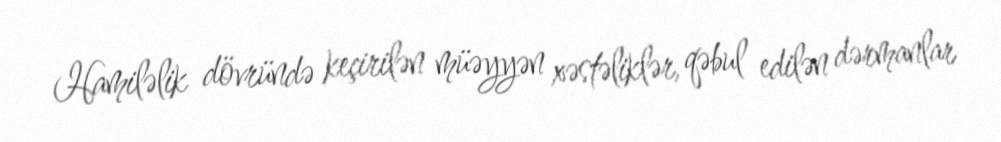
Hamiləlik dövründə keçirilən müəyyən xəstəliklər, qəbul edilən dərmanlar